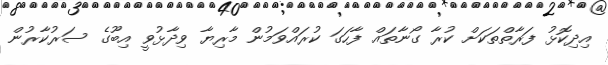
އިދިކޮޅު ފަރާތްތަކަށް ކުރާ ގޯނާތައް ފާހަގަ ކުރައްވަމުން މާރިޔާ ވިދާޅުވީ އިބޫގެ ސަރުކާރުން